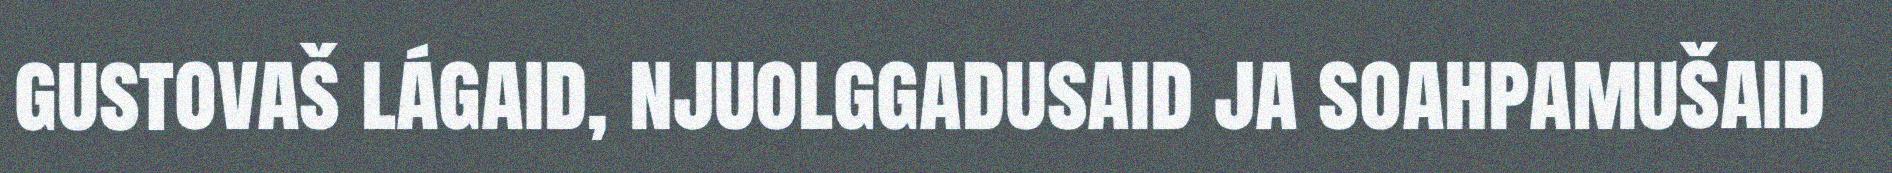
gustovaš lágaid, njuolggadusaid ja soahpamušaid